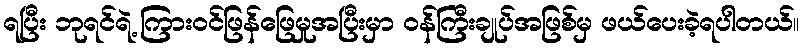
ရပြီး ဘုရင်ရဲ့ ကြားဝင်ဖြန်ဖြေမှုအပြီးမှာ ဝန်ကြီးချုပ်အဖြစ်မှ ဖယ်ပေးခဲ့ရပါတယ်။